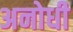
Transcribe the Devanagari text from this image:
अनोधी